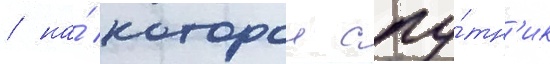
/ на́ которои спу́тн'ик